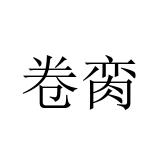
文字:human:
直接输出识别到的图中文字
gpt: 卷脔